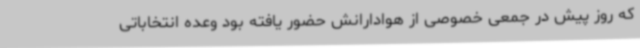
که روز پیش در جمعی خصوصی از هوادارانش حضور یافته بود وعده انتخاباتی